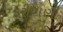
કરીયાણી